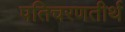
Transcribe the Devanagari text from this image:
पतिचरणतीर्थ